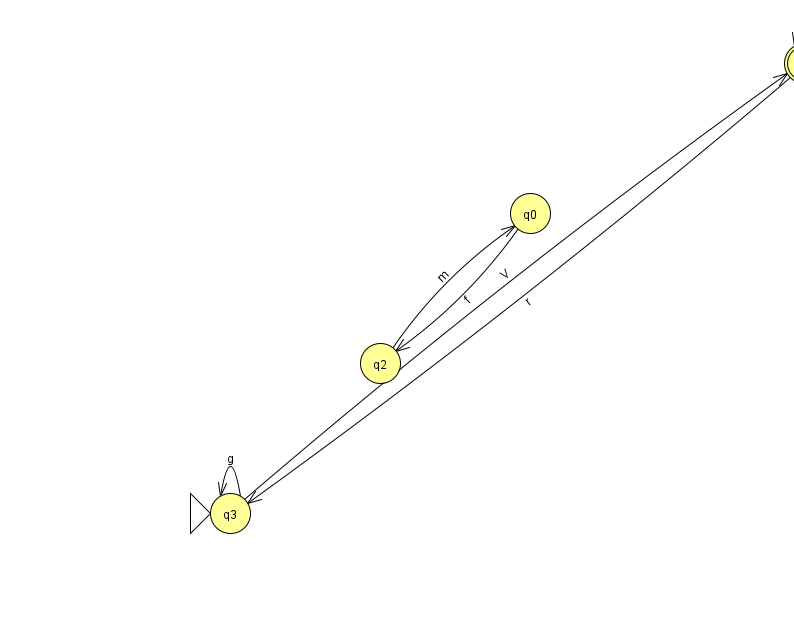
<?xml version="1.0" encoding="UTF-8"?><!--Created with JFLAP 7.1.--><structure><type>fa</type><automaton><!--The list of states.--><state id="0" name="q0"><x>530.0</x><y>200.0</y></state><state id="1" name="q1"><x>804.0</x><y>50.0</y><final/></state><state id="2" name="q2"><x>380.0</x><y>350.0</y></state><state id="3" name="q3"><x>230.0</x><y>500.0</y><initial/></state><!--The list of transitions.--><transition><from>3</from><to>1</to><read>V</read></transition><transition><from>1</from><to>3</to><read>r</read></transition><transition><from>0</from><to>2</to><read>f</read></transition><transition><from>3</from><to>3</to><read>g</read></transition><transition><from>2</from><to>0</to><read>m</read></transition><transition><from>1</from><to>1</to><read>o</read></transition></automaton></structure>